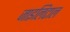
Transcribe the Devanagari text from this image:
जाइलिटाल